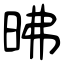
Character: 昲